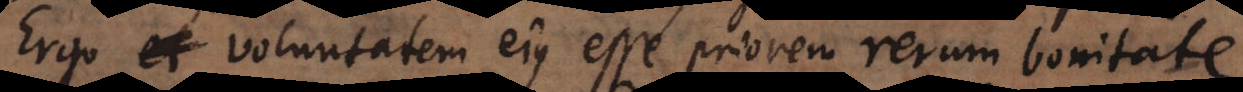
Ergo voluntatem ejus esse priorem rerum bonitate.